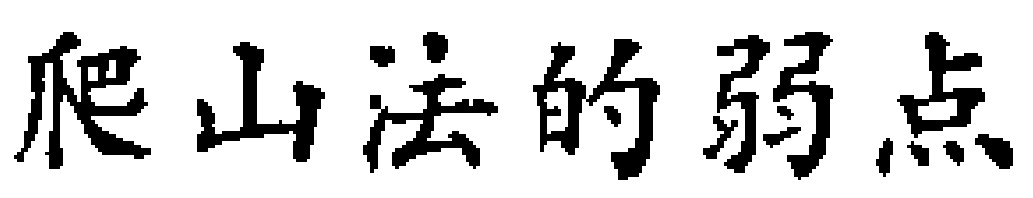
爬山法的弱点